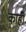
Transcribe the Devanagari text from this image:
काहीँ